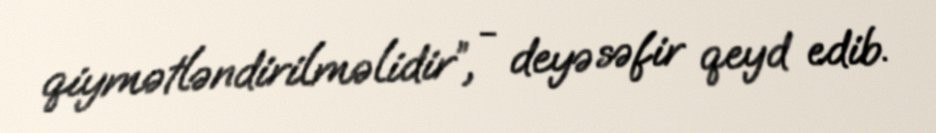
qiymətləndirilməlidir”, - deyə səfir qeyd edib.